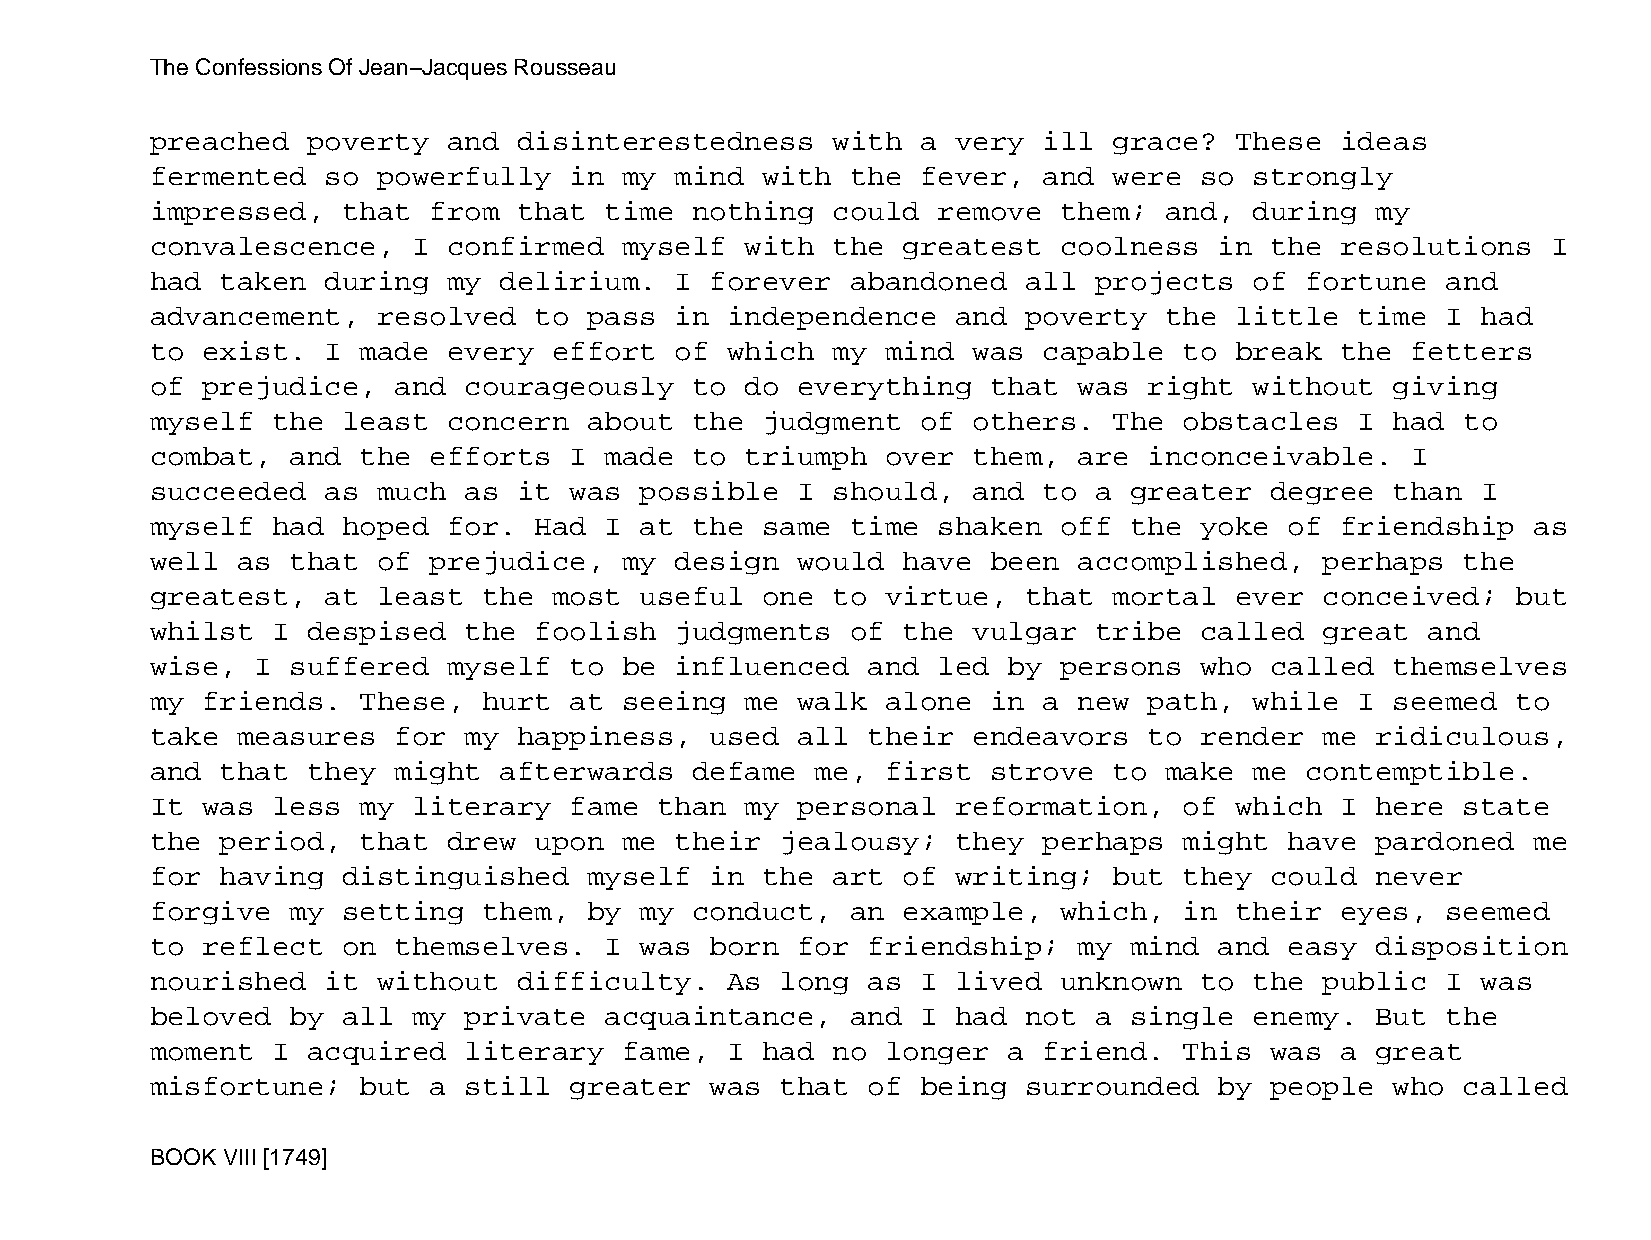
The Confessions Of Jean−Jacques Rousseau
 preached  poverty   and disinterestedness    with  a very  ill  grace?  These  ideas
 fermented   so powerfully   in my  mind with  the  fever,  and  were so  strongly
 impressed,   that from  that  time  nothing  could  remove  them;  and,  during  my
 convalescence,   I  confirmed  myself  with  the  greatest  coolness   in the  resolutions   I
 had  taken  during  my delirium.   I forever  abandoned   all projects   of fortune   and
 advancement,   resolved  to  pass  in independence   and  poverty  the  little  time  I had
 to exist.   I made  every  effort  of which  my  mind was  capable  to  break  the fetters
 of prejudice,   and  courageously   to do  everything   that was  right  without  giving
 myself  the  least  concern  about  the judgment   of others.   The obstacles   I had  to
 combat,  and  the efforts   I made  to triumph   over them,  are  inconceivable.   I
 succeeded   as much  as it  was possible   I should,  and  to a  greater  degree  than  I
 myself  had  hoped  for. Had  I at  the same  time  shaken  off  the yoke  of  friendship  as
 well  as that  of prejudice,   my  design  would  have  been accomplished,    perhaps  the
 greatest,   at least  the  most useful  one  to  virtue,  that  mortal  ever  conceived;  but
 whilst  I despised   the foolish   judgments  of  the vulgar  tribe  called   great  and
 wise,  I suffered   myself  to be  influenced  and  led  by persons  who  called  themselves
 my friends.   These,  hurt  at seeing  me  walk  alone  in a new  path,  while  I seemed  to
 take  measures  for  my happiness,   used  all their  endeavors   to render   me ridiculous,
 and  that they  might  afterwards   defame  me,  first  strove  to make  me contemptible.
 It was  less  my literary   fame  than my  personal  reformation,   of  which  I here  state
 the  period,  that  drew upon  me  their  jealousy;  they  perhaps  might  have  pardoned  me
 for  having  distinguished   myself  in the  art  of writing;   but they  could  never
 forgive  my  setting  them,  by my  conduct,  an  example,  which,  in  their  eyes,  seemed
 to reflect   on themselves.   I was  born  for friendship;   my  mind  and easy  disposition
 nourished   it without  difficulty.   As  long as  I lived  unknown  to  the  public  I was
 beloved  by  all my  private  acquaintance,   and  I had  not a  single  enemy.  But  the
 moment  I acquired   literary  fame,  I had  no  longer  a friend.  This  was  a great
 misfortune;   but a  still  greater  was  that of  being  surrounded   by people  who  called
 BOOK VIII [1749]